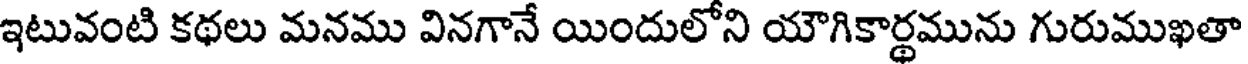
ఇటువంటి కథలు మనము వినగానే యిందులోని యౌగికార్థమును గురుముఖతా